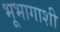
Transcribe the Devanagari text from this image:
भूभागाशी